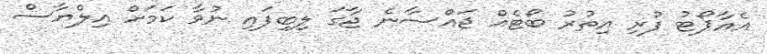
އެއާޕޯޓު ފުރި އިތުރު ބޯޓެއް ޖައްސާނެ ޖާގަ ލިބިފައި ނުވާ ކަމަށް އިލްޔާސް